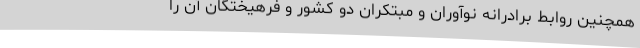
همچنین روابط برادرانه نوآوران و مبتکران دو کشور و فرهیختگان آن را